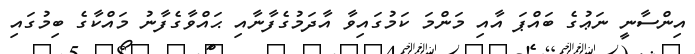
އިންސާނީ ނަޢުގެ ބައްޕަ އާއި މަންމަ ކަމުގައިވާ އާދަމުގެފާނާއި ޙައްވާގެފާނު މައްކާގެ ބިމުގައި